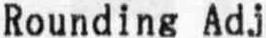
ROUNDING ADJ